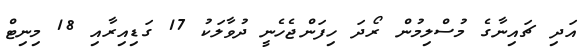
އަދި ޗައިނާގެ މުސްލިމުން ރޯދަ ހިފަންޖެހެނީ ދުވާލަކު 17 ގަޑިިއިރާއި 18 މިނިޓް